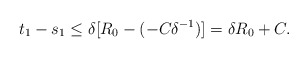
\begin{align*}t_{1}-s_{1}\leq \delta[R_{0}-(-C\delta^{-1})]=\delta R_{0}+C.\end{align*}